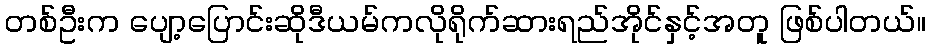
တစ်ဦးက ပျော့ပြောင်းဆိုဒီယမ်ကလိုရိုက်ဆားရည်အိုင်နှင့်အတူ ဖြစ်ပါတယ်။